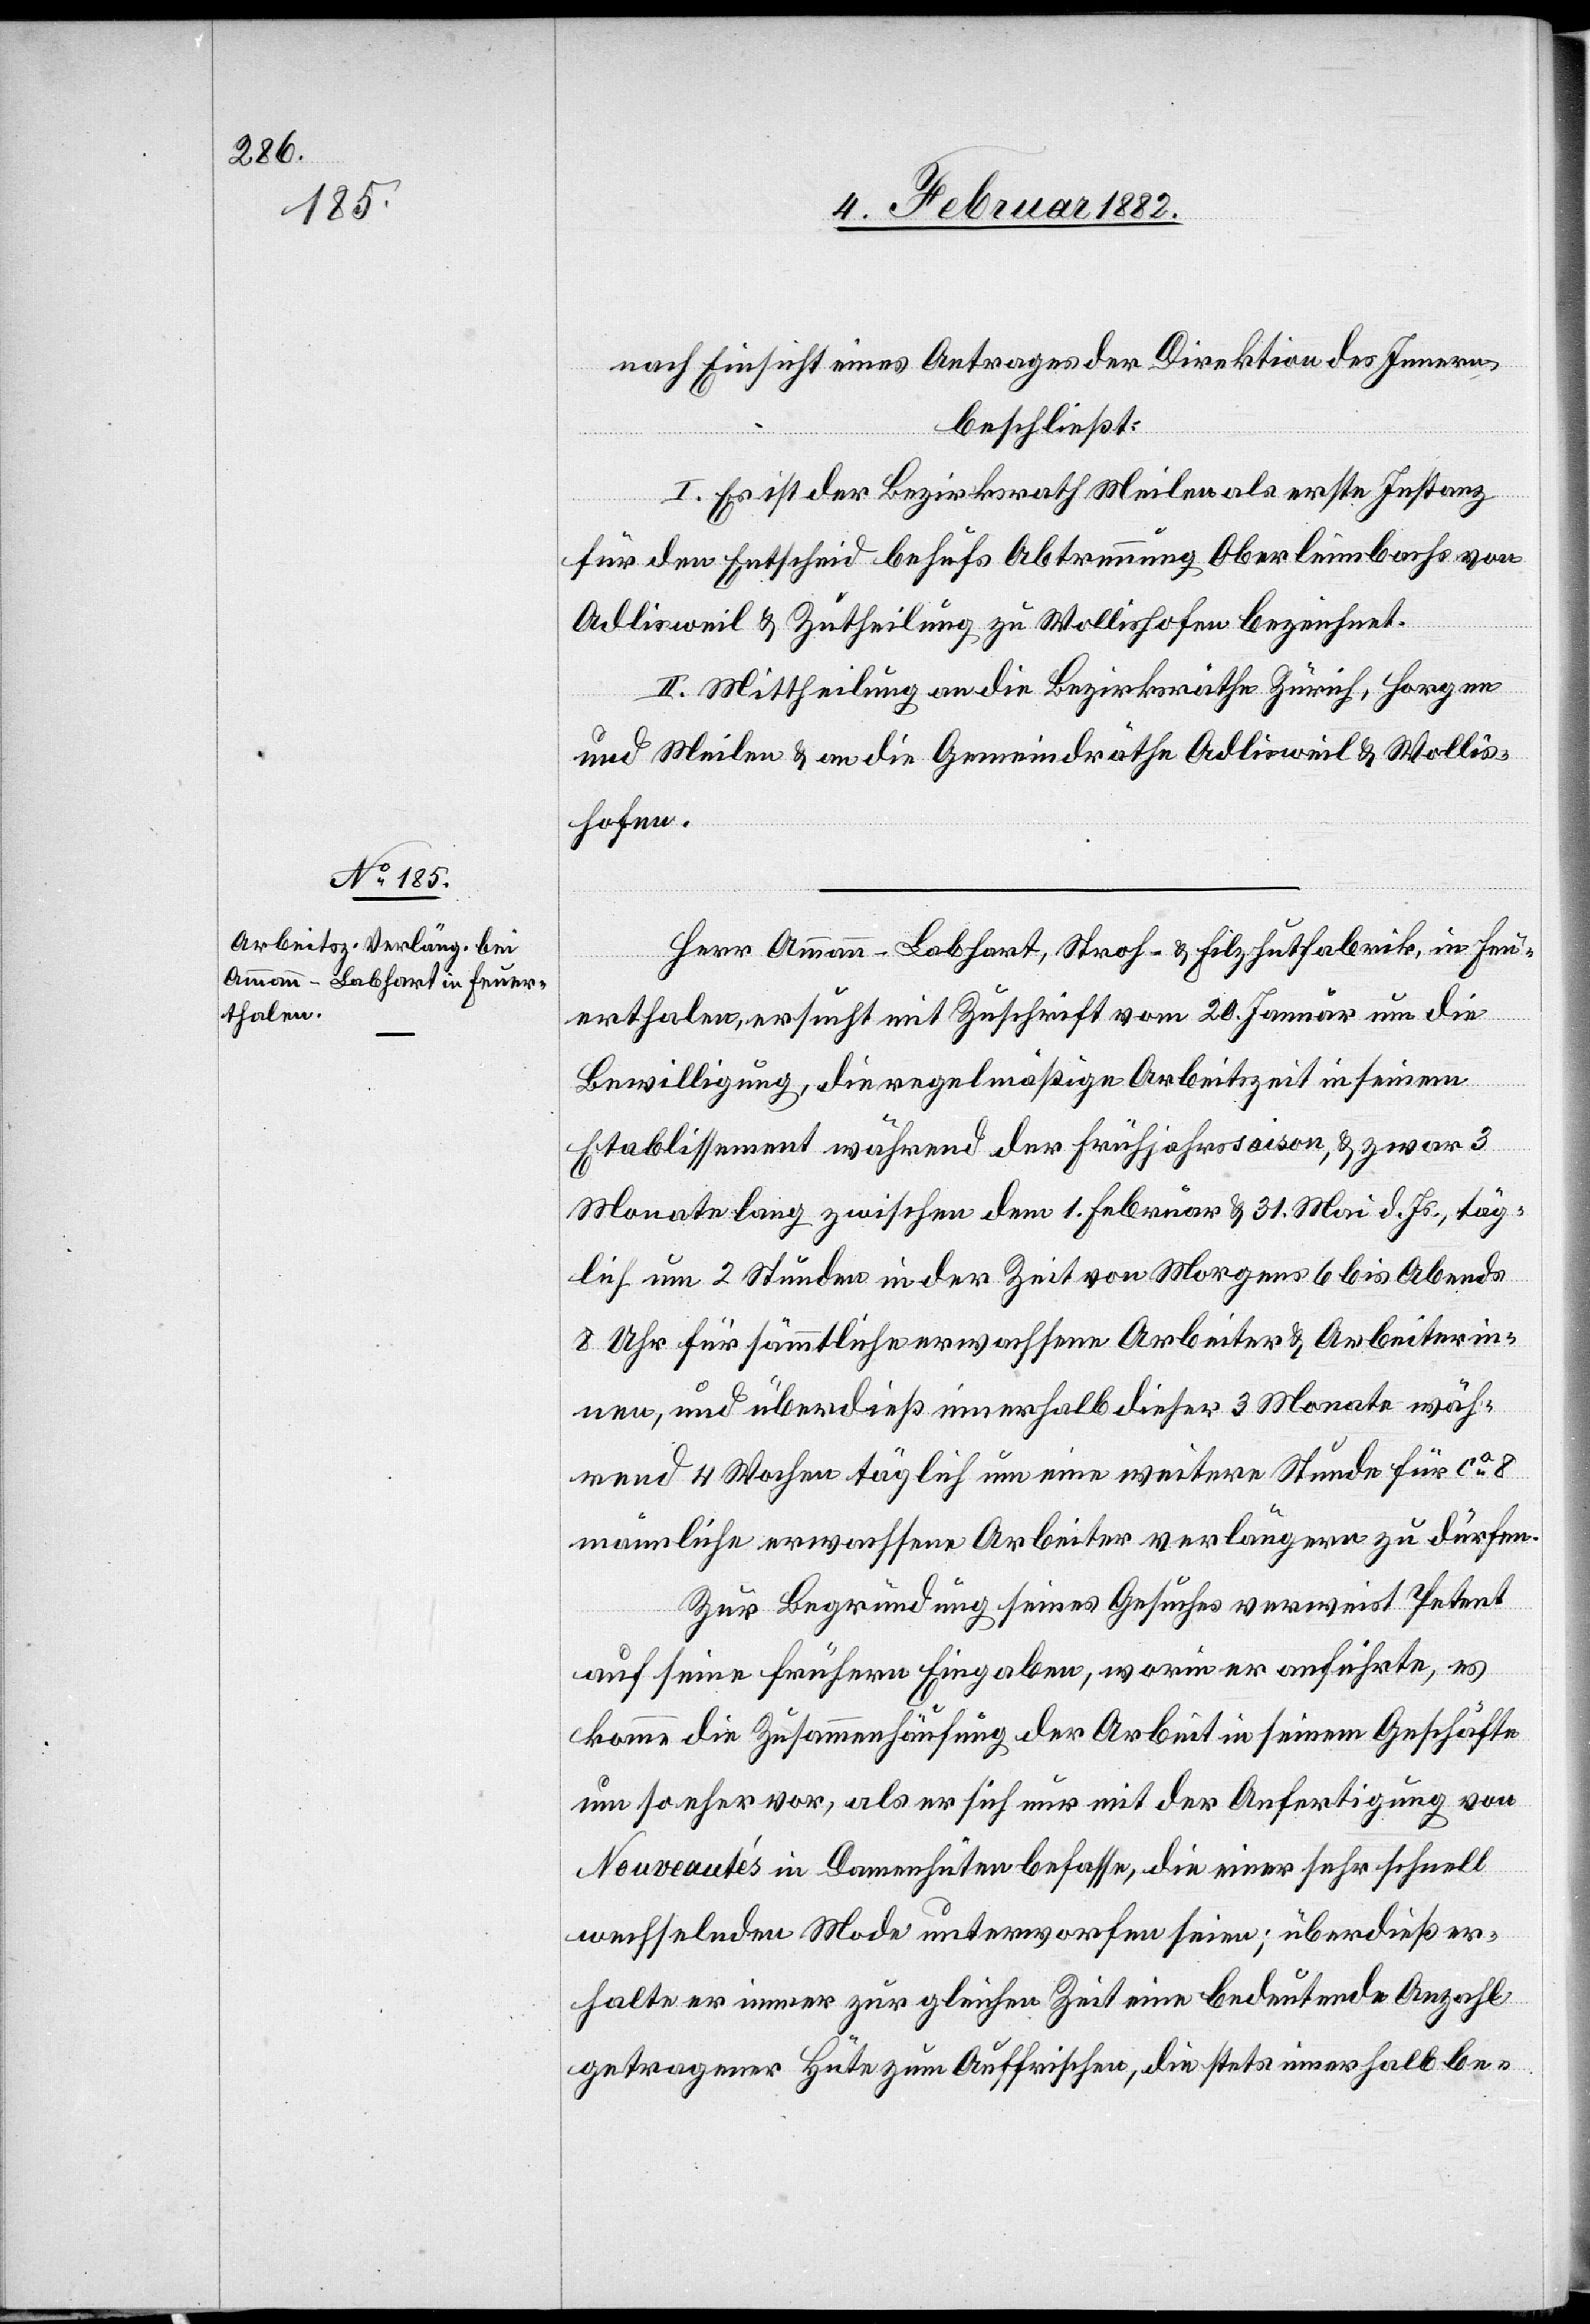
nach Einsicht eines Antrages der Direktion des Innern,
beschließt:
I. Es ist der Bezirksrath Meilen als erste Instanz
für den Entscheid behufs Abtrennung Oberleimbach von
Adlisweil & Zutheilung zu Wollishofen bezeichnet.
II. Mittheilung an die Bezirksräthe Zürich, Horgen
und Meilen & an die Gemeindräthe Adlisweil & Wollis¬
hofen.
Herr Ammann-Labhart, Stroh- & Filzhutfabrik, in Feu¬
erthalen, ersucht mit Zuschrift vom 20. Januar um die
Bewilligung, die regelmäßige Arbeitszeit in seinem
Etablissement während der Frühjahrssaison, & zwar 3
Monate lang zwischen dem 1. Februar & 31. Mai d. Js., täg¬
lich um 2 Stunden in der Zeit von Morgens 6 bis Abends
8 Uhr für sämmtliche erwachsenen Arbeiter & Arbeiterin¬
nen, und überdieß innerhalb dieser 3 Monate wäh¬
rend 4 Wochen täglich um eine weitere Stunde für ca 8
männliche erwachsene Arbeiter verlängern zu dürfen.
Zur Begründung seines Gesuches verweist Petent
auf seine frühern Eingaben, worin er ausführte, es
komme die Zusammenhäufung der Arbeit in seinem Geschäfte
um so eher vor, als er sich nur mit der Anfertigung von
Nouveautés in Damenhüten befasse, die einer sehr schnell
wechselnden Mode unterworfen seien; überdieß er¬
halte er immer zur gleichen Zeit eine bedeutende Anzahl
getragener Hüte zum Auffrischen, die stets innerhalb be-